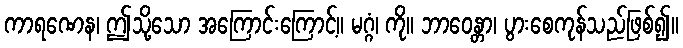
ကာရဏေန၊ ဤသို့သော အကြောင်းကြောင့်။ မဂ္ဂံ၊ ကို။ ဘာဝေန္တာ၊ ပွားစေကုန်သည်ဖြစ်၍။